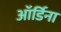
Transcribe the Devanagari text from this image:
ऑर्डिना